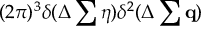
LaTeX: ( 2 \pi ) ^ { 3 } \delta ( \Delta \sum \eta ) \delta ^ { 2 } ( \Delta \sum { \bf q } )